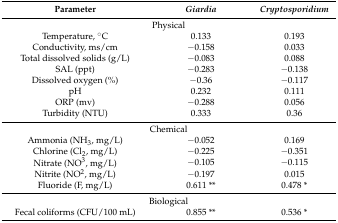
<table><thead><tr><td><b>Parameter</b></td><td><b><i>Giardia</i></b></td><td><b><i>Cryptosporidium</i></b></td></tr></thead><tbody><tr><td colspan="3">Physical</td></tr><tr><td>Temperature, °C</td><td>0.133</td><td>0.193</td></tr><tr><td>Conductivity, ms/cm</td><td>−0.158</td><td>0.033</td></tr><tr><td>Total dissolved solids (g/L)</td><td>−0.083</td><td>0.088</td></tr><tr><td>SAL (ppt)</td><td>−0.283</td><td>−0.138</td></tr><tr><td>Dissolved oxygen (%)</td><td>−0.36</td><td>−0.117</td></tr><tr><td>pH</td><td>0.232</td><td>0.111</td></tr><tr><td>ORP (mv)</td><td>−0.288</td><td>0.056</td></tr><tr><td>Turbidity (NTU)</td><td>0.333</td><td>0.36</td></tr><tr><td colspan="3">Chemical</td></tr><tr><td>Ammonia (NH<sub>3</sub>, mg/L)</td><td>−0.052</td><td>0.169</td></tr><tr><td>Chlorine (Cl<sub>2</sub>, mg/L)</td><td>−0.225</td><td>−0.351</td></tr><tr><td>Nitrate (NO<sup>3</sup>−, mg/L)</td><td>−0.105</td><td>−0.115</td></tr><tr><td>Nitrite (NO<sup>2</sup>−, mg/L)</td><td>−0.197</td><td>0.015</td></tr><tr><td>Fluoride (F−, mg/L)</td><td>0.611 **</td><td>0.478 *</td></tr><tr><td colspan="3">Biological</td></tr><tr><td>Fecal coliforms (CFU/100 mL)</td><td>0.855 **</td><td>0.536 *</td></tr></tbody></table>